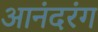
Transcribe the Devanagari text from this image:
आनंदरंग